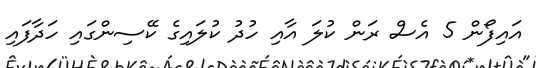
އައިފޯން 5 އެސް ރަން ކުލަ އާއި ހުދު ކުލައިގެ ކޭސިންގައި ހަދާފައި